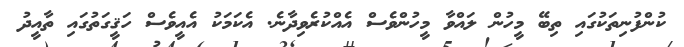
ކުންފުނިތަކުގައި ތިބޭ މީހުން ލައްވާ މީހުންވެސް އެއްކުރެވިދާނެ. އެކަމަކު އެއީވެސް ހަޤީގަތުގައި ތާއީދު